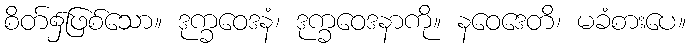
စိတ်၌ဖြစ်သော။ ဒုက္ခဝေဒနံ၊ ဒုက္ခဝေဒနာကို။ နဝေဒေတိ၊ မခံစားပေ။